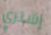
إشتري